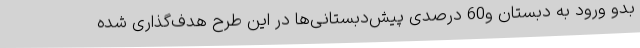
بدو ورود به دبستان و60 درصدی پیش‌دبستانی‌ها در این طرح هدف‌گذاری شده